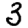
Digit: 3